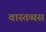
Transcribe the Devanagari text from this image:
वास्तव्यस